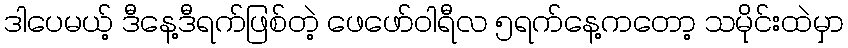
ဒါပေမယ့် ဒီနေ့ဒီရက်ဖြစ်တဲ့ ဖေဖော်ဝါရီလ ၅ရက်နေ့ကတော့ သမိုင်းထဲမှာ